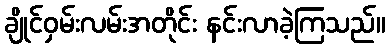
ချိုင်ဝှမ်းလမ်းအတိုင်း နင်းလာခဲ့ကြသည်။